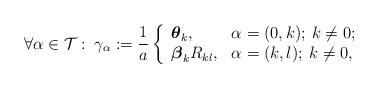
LaTeX: \begin{align*}\forall\alpha\in\mathcal{T}:\:\gamma_\alpha:=\frac{1}{a}\left\{\begin{array}{ll}\boldsymbol{\theta}_k, & \hbox{$\alpha=(0,k);\: k\neq 0;$} \\\boldsymbol{\beta}_k R_{kl}, & \hbox{$\alpha=(k,l);\: k\neq 0,$} \end{array}\right.\end{align*}